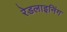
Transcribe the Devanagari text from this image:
रेडलाइनिंग